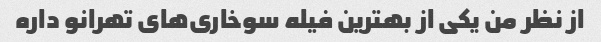
از نظر من یکی از بهترین فیله سوخاری‌های تهرانو داره